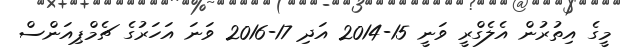
މީގެ އިތުރުން އެލެގްރީ ވަނީ 15-2014 އަދި 17-2016 ވަނަ އަހަރުގެ ޗެމްޕިއަންސް